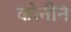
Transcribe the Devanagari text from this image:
कोनीने